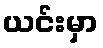
ယင်းမှာ